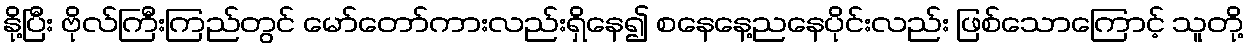
နို့ပြီး ဗိုလ်ကြီးကြည်တွင် မော်တော်ကားလည်းရှိနေ၍ စနေနေ့ညနေပိုင်းလည်း ဖြစ်သောကြောင့် သူတို့